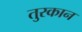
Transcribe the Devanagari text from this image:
तुरकान